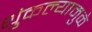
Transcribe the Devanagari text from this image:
थुंकल्यामुळे